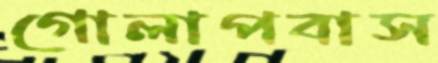
গোলাপবাস